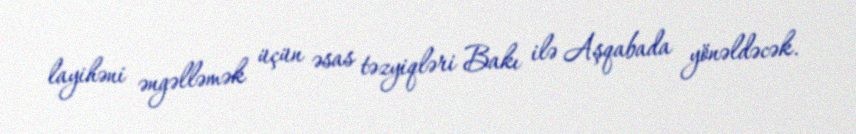
layihəni əngəlləmək üçün əsas təzyiqləri Bakı ilə Aşqabada yönəldəcək.